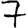
Digit: 7